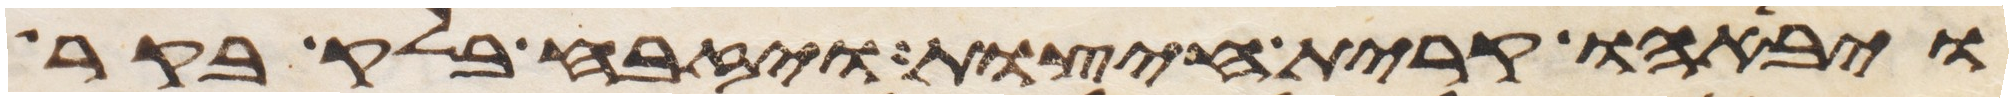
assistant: ויבאהו קרית חיצות ויזבח בלק בקר